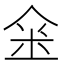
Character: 𠊍